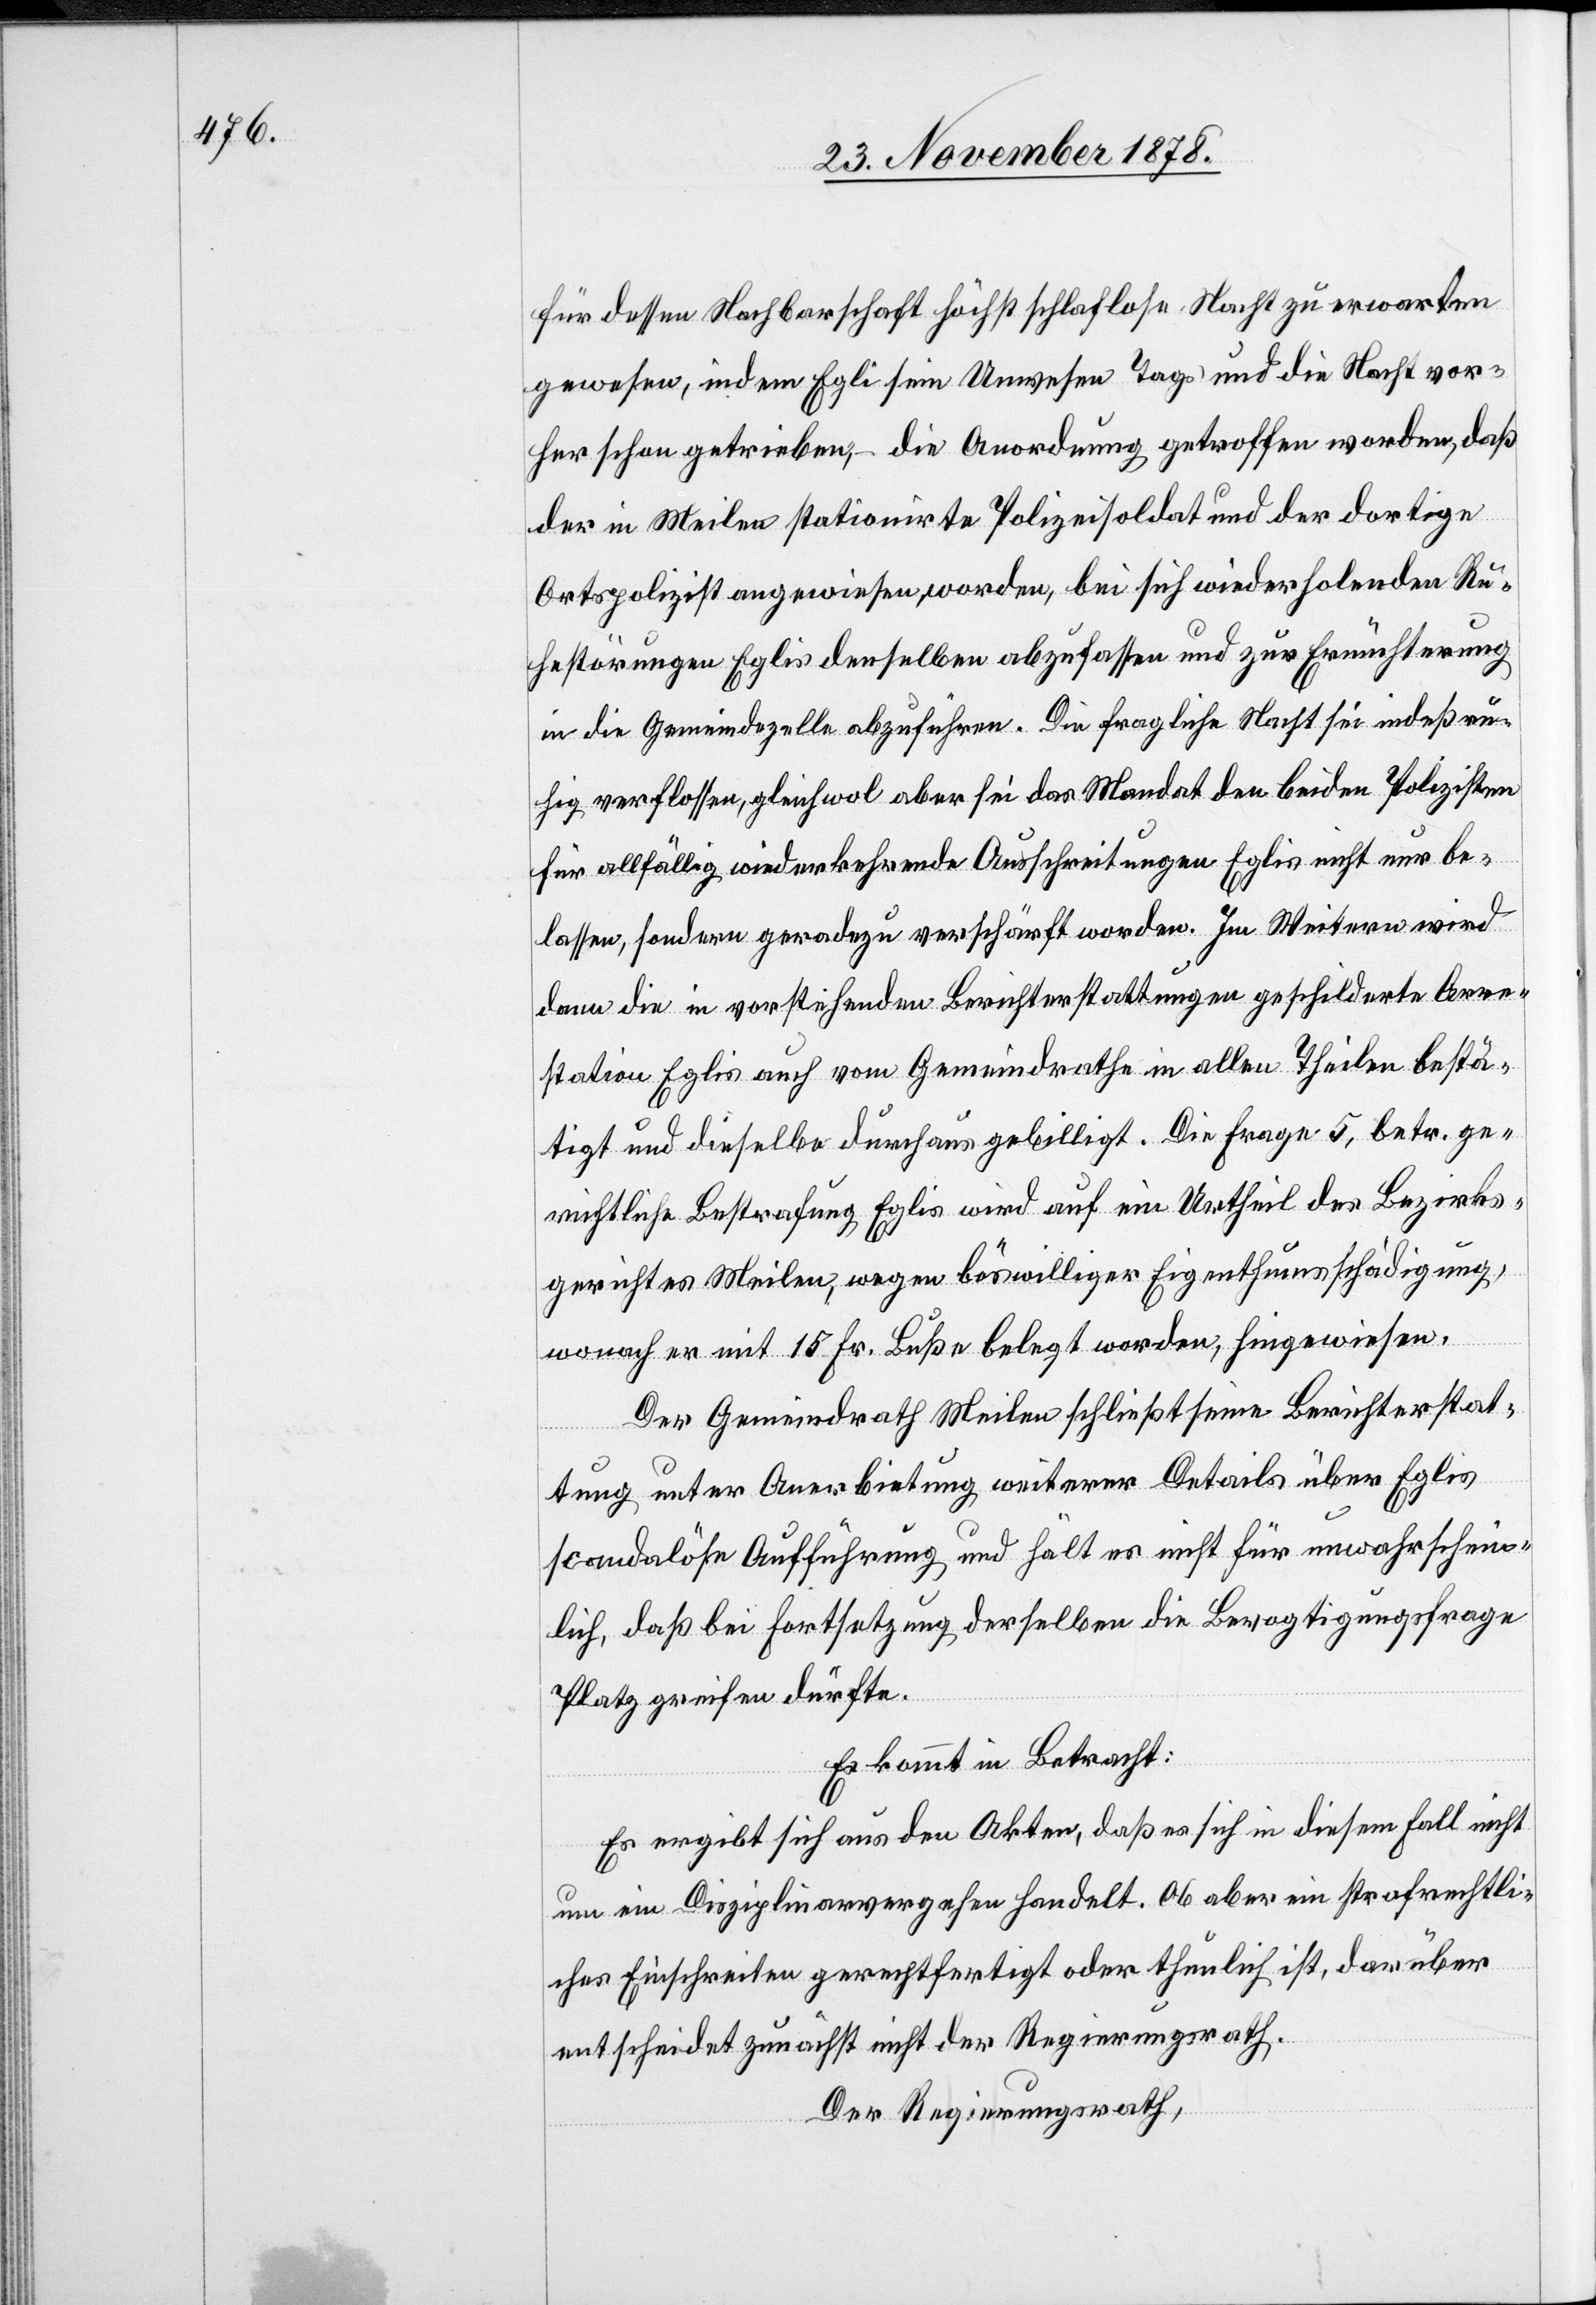
für dessen Nachbarschaft höchst schlaflose Nacht zu erwarten
gewesen, indem Egli sein Unwesen Tags und die Nacht vor¬
her schon getrieben, – die Anordnung getroffen worden, daß
der in Meilen stationirte Polizeisoldat und der dortige
Ortspolizist angewiesen worden, bei sich wiederholenden Ru¬
hestörungen Eglis denselben abzufassen und zur Ernüchterung
in die Gemeindezelle abzuführen. Die fragliche Nacht sei indeß ru¬
hig verflossen, gleichwol aber sei das Mandat den beiden Polizisten
für allfällig wiederkehren Ausschreitungen Eglis nicht nur be¬
lassen, sondern geradezu verschärft worden. Im Weitern wird
dann die in vorstehenden Berichterstattungen geschilderte Arre¬
station Eglis auch vom Gemeindrathe in allen Theilen bestä¬
tigt und dieselbe durchaus gebilligt. Die Frage 3, betr. ge¬
richtliche Bestrafung Eglis wird auf ein Urtheil des Bezirks¬
gerichtes Meilen, wegen böswilliger Eigenthumsschädigung,
wonach er mit 15 Fr. Buße belegt worden, hingewiesen.
Der Gemeindrath Meilen schließt seine Berichterstat¬
tung unter Anerbietung weiterer Details über Eglis
scandalöse Aufführung und hält es nicht für unwahrschein¬
lich, daß bei Fortsetzung derselben die Bevotigungsfrage
Platz greifen dürfte.
Es kommt in Betracht:
Es ergibt sich aus den Akten, daß es sich in diesem Fall nicht
um ein Disziplinarvergehen handelt. Ob aber ein strafrechtli¬
ches Einschreiten gerechtfertigt oder thunlich ist, darüber
entscheidet zunächst nicht der Regierungsrath.
Der Regierungsrath,